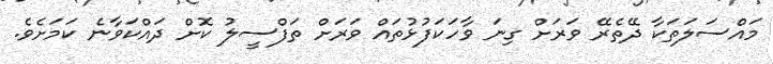
މައްސަލަތަކާ ދޭތެރޭ ވަރަށް ގިނަ ވާހަކަފުޅުތައް ވަރަށް ތަފްސީލު ކޮށް ދައްކަވާނެ ކަމަށެވެ.